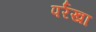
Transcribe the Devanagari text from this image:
पर्रखा